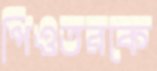
পিওতরকে